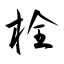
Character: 栓